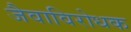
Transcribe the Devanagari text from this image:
जैवाविरोधक